Standards of the constituents of the urine and blood and the bearing of the metabolism of Bengalis on the problems of nutrition - Number 34
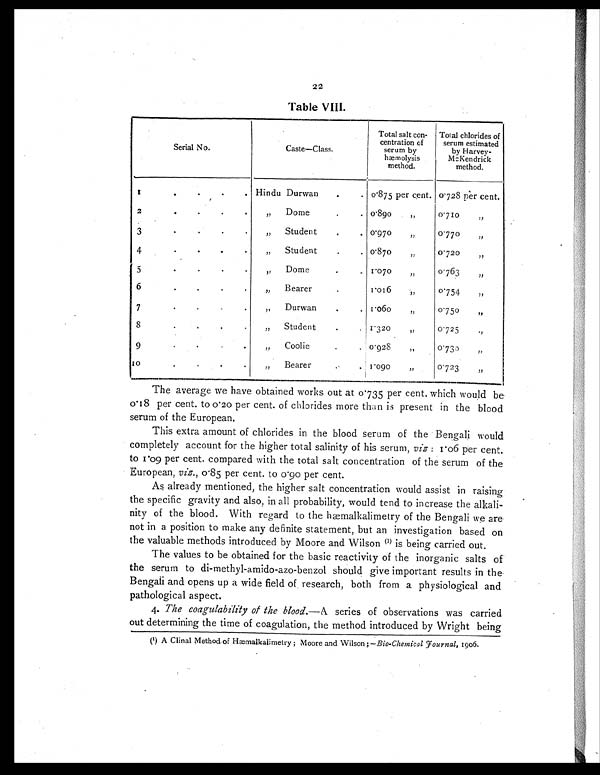
22
Table VIII.
S e r i a l N o .
Cast e—Cl ass.
Total salt con-
centration of
serum by
hæmolysis
met hod.
Total chlorides of
serum estimated
by Harvey-
McKendrick
me t hod.
1
.
.
.
. Hindu Durwan
.
. 0.875 per cent. 0.728 per cent.
2
.
.
.
.
„ Dome
.
. 0.890 „
0.710 „
3
.
.
.
.
„ Student
.
. 0.970 „
0.770 „
4
.
.
.
.
„ Student
.
. 0.870 „
0.720 „
5
.
.
.
.
„ Dome
.
. 1 . 0 7 0 „
0.763 „
6
.
.
.
.
„ Bearer
.
1.016 „
0.754 „
7
.
.
.
.
„ Durwan
.
. 1.060 „
0.750 „
8
.
.
.
.
„ S t u d e n t
.
. 1.320 „
0.725 „
9
.
.
.
.
„ Coolie
.
. 0.928 „
0.730 „
1 0
.
.
.
.
„ Bearer
.
.
1 . 0 9 0 „
0.723 „
The average we have obtained works out at 0.735 per cent. which would be
0.18 per cent. to 0.20 per cent. of chlorides more than is present in the blood
serum of the European.
This extra amount of chlorides in the blood serum of the Bengali would
completely account for the higher total salinity of his serum, viz : 1.06 per cent.
to 1.09 per cent. compared with the total salt concentration of the serum of the
European, viz., 0.85 per cent. to 0.90 per cent.
As already mentioned, the higher salt concentration would assist in raising
the specific gravity and also, in all probability, would tend to increase the alkali-
nity of the blood. With regard to the hæmalkalimetry of the Bengali we are
not in a position to make any definite statement, but an investigation based on
the valuable methods introduced by Moore and Wilson (1) is being carried out.
The values to be obtained for the basic reactivity of the inorganic salts of
the serum to di-methyl-amido-azo-benzol should give important results in the
Bengali and opens up a wide field of research, both from a physiological and
pathological aspect.
4. The coagulability of the blood. —A series of observations was carried
out determining the time of coagulation, the method introduced by Wright being
(1) A Clinal Method of Hæmalkalimetry ; Moore and Wilson ;— Bio-Chemical Journal, 1906.